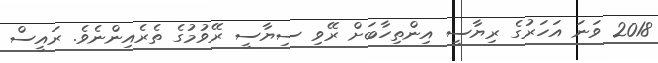
2018 ވަނަ އަހަރުގެ ރިޔާސީ އިންތިހާބަށް ރޭވި ސިޔާސީ ރޭވުމުގެ ތެރެއިންނެވެ. ރައީސް